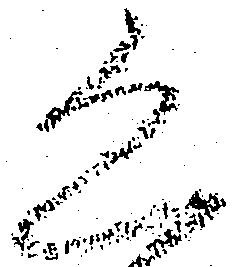
恐